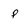
Character: p